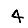
Digit: 4